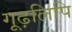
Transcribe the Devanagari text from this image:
गूढ़लिपि